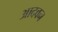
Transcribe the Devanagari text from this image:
आदवन